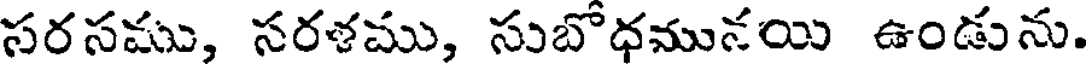
సరసము, సరళము, సుబోధమునయి ఉండును.